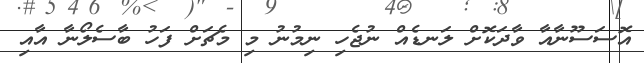
އޮސަސޫނާއާ ވާދަކޮށް ލަނޑެއް ނުޖެހި ނިމުނު މި މެޗަށް ފަހު ބާސެލޯނާ އާއި